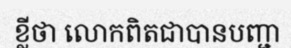
ខ្លីថា លោកពិតជាបានបញ្ជា